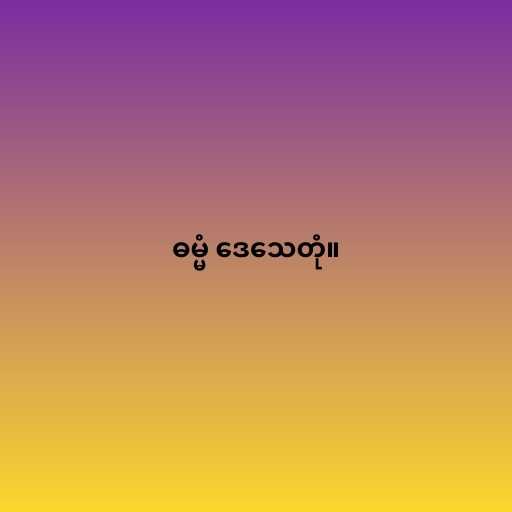
ဓမ္မံ ဒေသေတုံ။